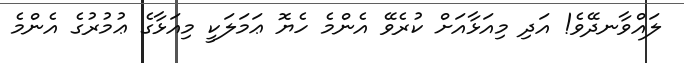
ލައްވާނދޭވެ! އަދި މިއަޅާއަށް ކުރެވޭ އެންމެ ހެޔޮ ޢަމަލަކީ މިއަޅާގެ ޢުމުރުގެ އެންމެ